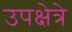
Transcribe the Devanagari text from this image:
उपक्षेत्रे